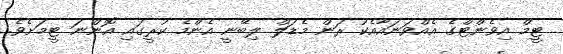
ޓީމް އިވެންޓްގެ އެއްވަނައާއެކު ރަން މެޑަލް ލިބޭނީ އެންމެ ކުރީގައި އޮންނަ ޓީމަށެވެ.